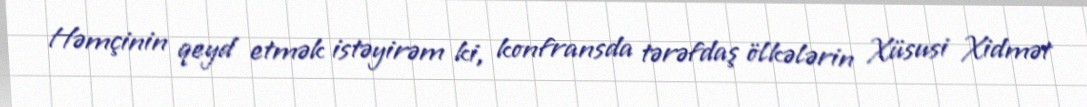
Həmçinin qeyd etmək istəyirəm ki, konfransda tərəfdaş ölkələrin Xüsusi Xidmət